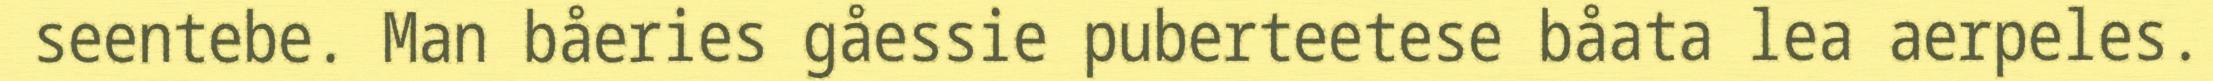
seentebe. Man båeries gåessie puberteetese båata lea aerpeles.